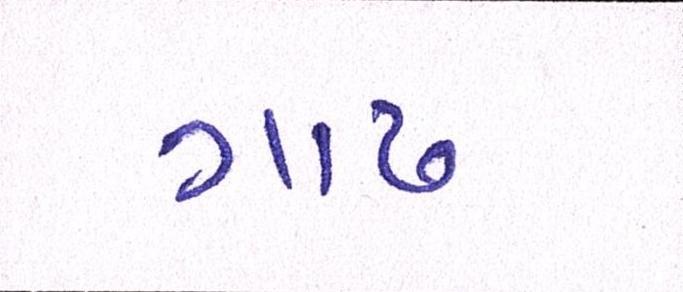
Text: ગાઢ